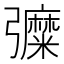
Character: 𢑀